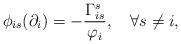
LaTeX: \begin{align*} \phi_{is}(\partial_i)=-\frac{\Gamma_{is}^s}{\varphi_i},\quad\forall s\neq i, \end{align*}